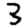
Digit: 3